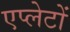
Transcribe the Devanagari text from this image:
एप्लेटों